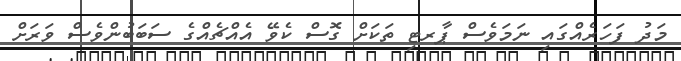
މަދު ފަހަރެއްގައި ނަމަވެސް ޕާރޓި ތަކަށް ގޮސް ކެވޭ އެއްޗެއްގެ ސަބަބުންވެސް ވަރަށް